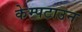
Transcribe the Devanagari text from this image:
केम्पटाउन